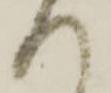
へ